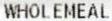
WHOLEMEAL